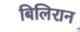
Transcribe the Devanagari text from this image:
बिलिरान